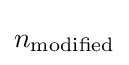
n_{\mathrm {modified} }